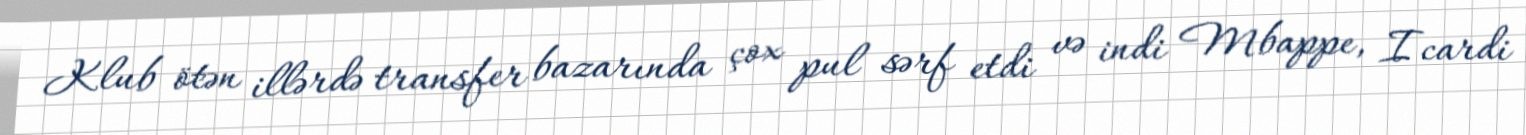
Klub ötən illərdə transfer bazarında çox pul sərf etdi və indi Mbappe, Icardi